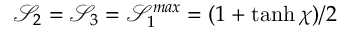
\mathcal { S } _ { 2 } = \mathcal { S } _ { 3 } = \mathcal { S } _ { 1 } ^ { m a x } = ( 1 + \operatorname { t a n h } \chi ) / 2